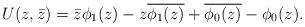
LaTeX: \begin{align*}U(z, \bar{z}) = \bar{z} \phi_1 (z) - z\overline{\phi_1 (z)}+ \overline{\phi_0 (z)} - \phi_0 (z). \end{align*}